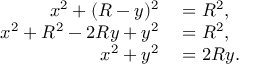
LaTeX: \begin{array} { r l } { x ^ { 2 } + ( R - y ) ^ { 2 } } & { { } = R ^ { 2 } , } \\ { x ^ { 2 } + R ^ { 2 } - 2 R y + y ^ { 2 } } & { { } = R ^ { 2 } , } \\ { x ^ { 2 } + y ^ { 2 } } & { { } = 2 R y . } \end{array}